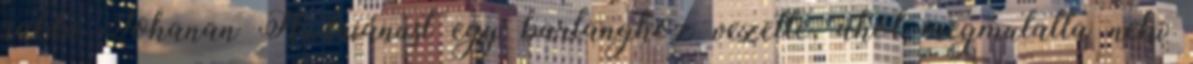
rabbi Johanan Hadriánust egy barlanghoz vezette, ahol megmutatta neki